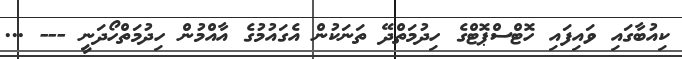
ކިއުބާގައި ވައިފައި ހޮޓްސްޕޮޓްގެ ހިދުމަތްދޭ ތަނަކުން އެގައުމުގެ އާއްމުން ހިދުމަތްހޯދަނީ --- ...